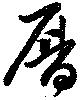
暦